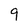
Character: q